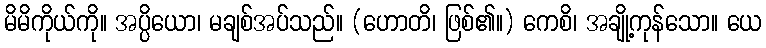
မိမိကိုယ်ကို။ အပ္ပိယော၊ မချစ်အပ်သည်။ (ဟောတိ၊ ဖြစ်၏။) ကေစိ၊ အချို့ကုန်သော။ ယေ